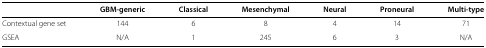
|  | GBM-generic | Classical | Mesenchymal | Neural | Proneural | Multi-type |
 | --- | --- | --- | --- | --- | --- | --- |
 | Contextual gene set | 144 | 6 | 8 | 4 | 14 | 71 |
 | GSEA | N/A | 1 | 245 | 6 | 3 | N/A |